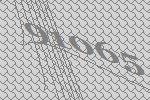
91065